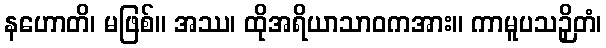
နဟောတိ၊ မဖြစ်။ အဿ၊ ထိုအရိယာသာဝကအား။ ကာမူပသဉှိတံ၊